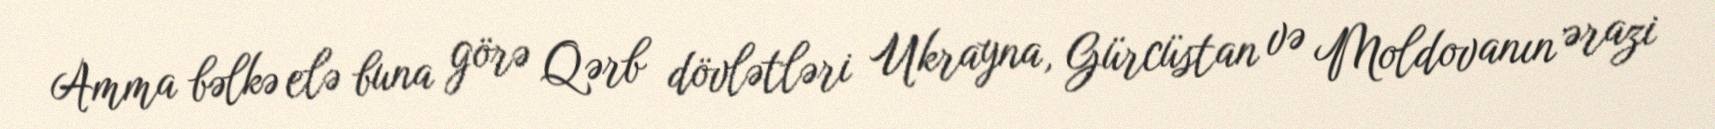
Amma bəlkə elə buna görə Qərb dövlətləri Ukrayna, Gürcüstan və Moldovanın ərazi